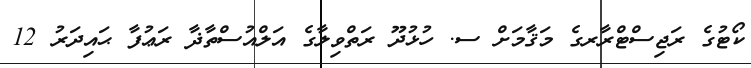
ކޯޓުގެ ރަޖިސްޓްރާރގެ މަޤާމަށް ސ. ހުޅުދޫ ރަތްވިލާގެ އަލްއުސްތާޛާ ރަޢުފާ ޙައިދަރު 12